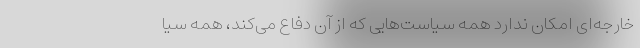
خارجه‌ای امکان ندارد همه سیاست‌هایی که از آن دفاع می‌کند، همه سیا